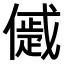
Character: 𠏔